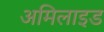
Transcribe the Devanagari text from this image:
अमिलाइड